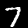
Digit: 7